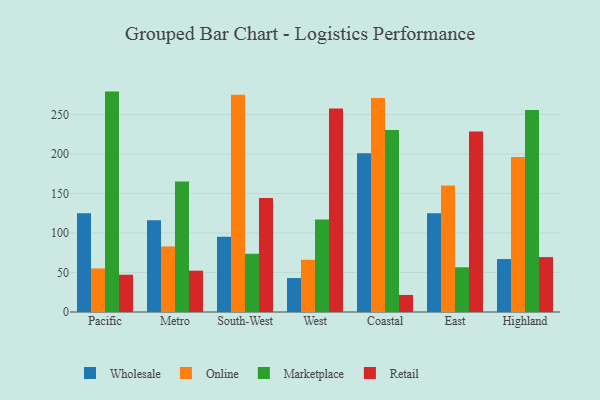
{"axis": {"x": "Region", "y": "Production Output"}, "legend": ["Marketplace", "Online", "Retail", "Wholesale"], "data": [{"x": "Pacific", "y": 124.9, "type": "Wholesale"}, {"x": "Pacific", "y": 55.1, "type": "Online"}, {"x": "Pacific", "y": 279.0, "type": "Marketplace"}, {"x": "Pacific", "y": 47.2, "type": "Retail"}, {"x": "Metro", "y": 116.0, "type": "Wholesale"}, {"x": "Metro", "y": 82.8, "type": "Online"}, {"x": "Metro", "y": 165.3, "type": "Marketplace"}, {"x": "Metro", "y": 52.3, "type": "Retail"}, {"x": "South-West", "y": 95.2, "type": "Wholesale"}, {"x": "South-West", "y": 275.0, "type": "Online"}, {"x": "South-West", "y": 73.7, "type": "Marketplace"}, {"x": "South-West", "y": 144.4, "type": "Retail"}, {"x": "West", "y": 43.0, "type": "Wholesale"}, {"x": "West", "y": 66.1, "type": "Online"}, {"x": "West", "y": 117.0, "type": "Marketplace"}, {"x": "West", "y": 257.5, "type": "Retail"}, {"x": "Coastal", "y": 201.1, "type": "Wholesale"}, {"x": "Coastal", "y": 270.8, "type": "Online"}, {"x": "Coastal", "y": 230.4, "type": "Marketplace"}, {"x": "Coastal", "y": 21.6, "type": "Retail"}, {"x": "East", "y": 125.1, "type": "Wholesale"}, {"x": "East", "y": 160.0, "type": "Online"}, {"x": "East", "y": 56.6, "type": "Marketplace"}, {"x": "East", "y": 228.6, "type": "Retail"}, {"x": "Highland", "y": 67.0, "type": "Wholesale"}, {"x": "Highland", "y": 196.1, "type": "Online"}, {"x": "Highland", "y": 255.7, "type": "Marketplace"}, {"x": "Highland", "y": 69.5, "type": "Retail"}]}